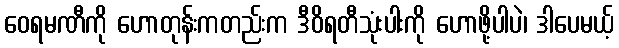
ဝေရမဏီကို ဟောတုန်းကတည်းက ဒီဝိရတီသုံးပါးကို ဟောဖို့ပါပဲ၊ ဒါပေမယ့်